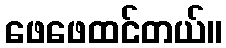
ဖေဖေထင်တယ်။